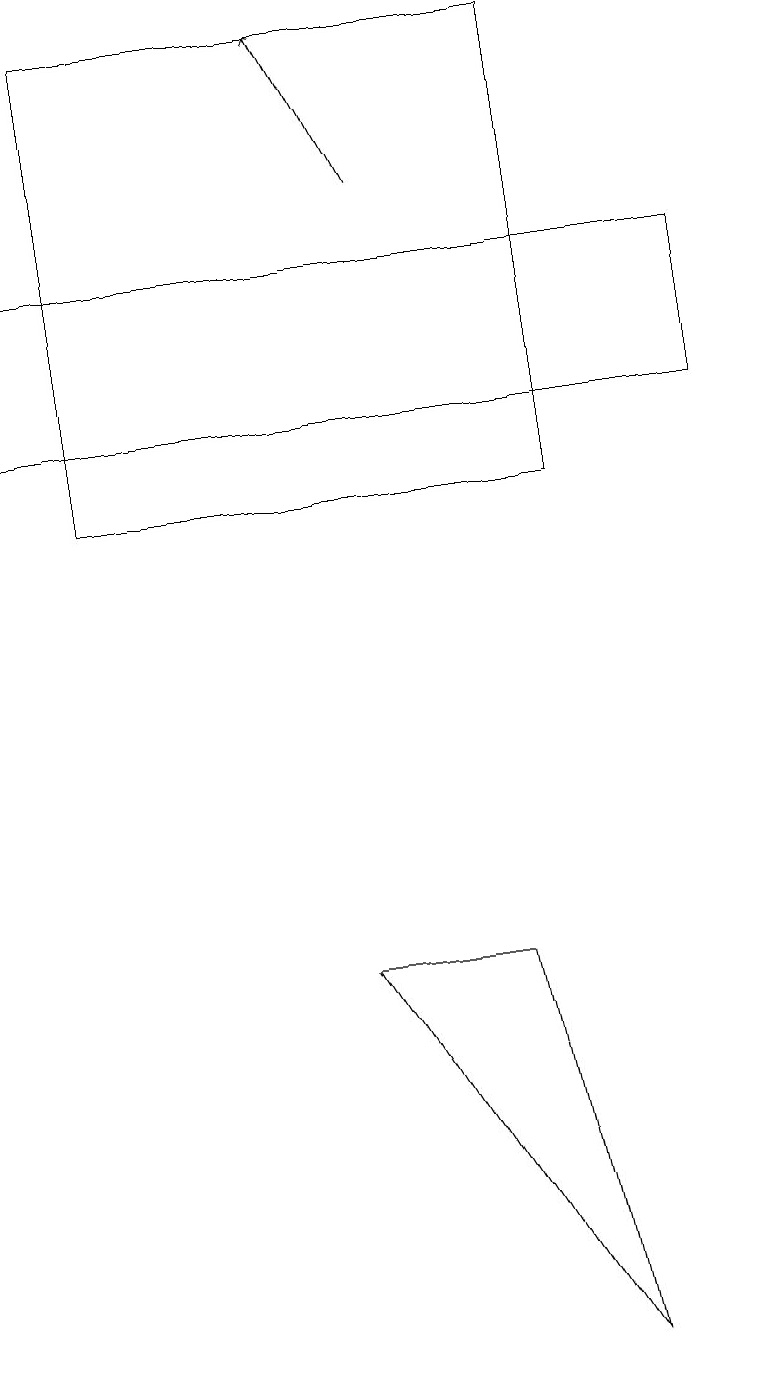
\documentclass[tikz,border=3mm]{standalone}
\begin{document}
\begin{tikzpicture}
\draw[->] (5,16) -- (4,18);
\draw (1,12) rectangle (7,18);
\draw (7,1) -- (4,6) -- (6,6) -- cycle;
\draw (0,13) rectangle (9,15);
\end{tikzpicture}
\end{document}